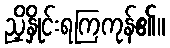
ညှိနှိုင်းရကြကုန်၏။